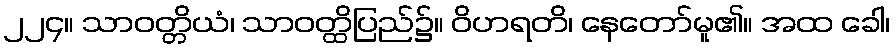
၂၂၄။ သာဝတ္တိယံ၊ သာဝတ္ထိပြည်၌။ ဝိဟရတိ၊ နေတော်မူ၏။ အထ ခေါ၊